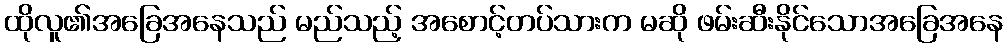
ထိုလူ၏အခြေအနေသည် မည်သည့် အစောင့်တပ်သားက မဆို ဖမ်းဆီးနိုင်သောအခြေအနေ